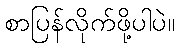
စာပြန်လိုက်ဖို့ပါပဲ။